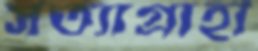
সত্যাগ্রাহী